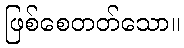
ဖြစ်စေတတ်သော။